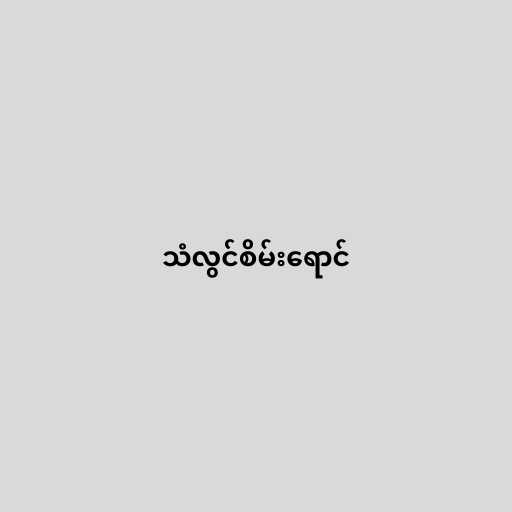
သံလွင်စိမ်းရောင်